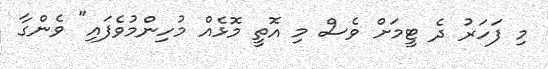
މި ފަހަރު ދެ ޓީމަށް ވެސް މި އޮތީ މޮޅެއް މުހިންމުވެފައި" ވެންގާ